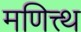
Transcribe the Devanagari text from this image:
मणित्त्थ